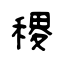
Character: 稷